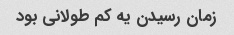
زمان رسیدن یه کم طولانی بود